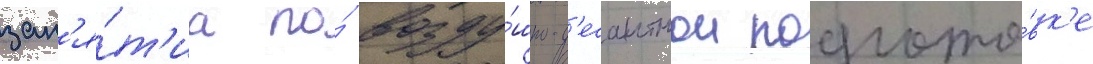
зан'я́т'иа по́ возду́шно-д'есантнои подгото́вк'е